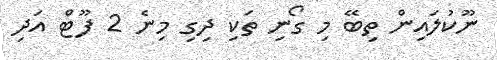
ނޫކުލައިން ތިބޭ މި ގޯނި ތަކި ދިގި މިނެ 2 ފޫޓް އަދި